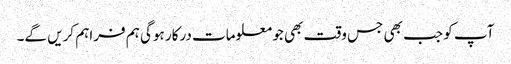
آپ کو جب بھی جس وقت بھی جو معلومات درکار ہوگی ہم فراہم کریں گے۔